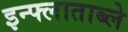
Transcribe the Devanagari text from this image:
इन्फ्लाताब्ले